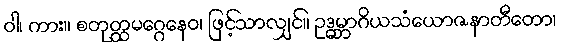
ဝါ၊ ကား။ စတုတ္ထမဂ္ဂေနေဝ၊ ဖြင့်သာလျှင်။ ဥဒ္ဓမ္ဘာဂိယသံယောဇနာတီတော၊